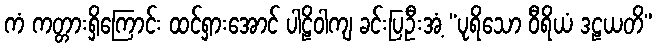
ကံ ကတ္တားရှိကြောင်း ထင်ရှားအောင် ပါဠိဝါကျ ခင်းပြဦးအံ့ “ပုရိသော ဝီရိယံ ဒဠယတိ”